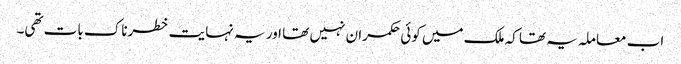
اب معاملہ یہ تھا کہ ملک میں کوئی حکمران نہیں تھا اور یہ نہایت خطرناک بات تھی۔